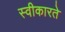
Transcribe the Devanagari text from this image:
स्‍वीकारते